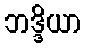
ဘဒ္ဒိယာ